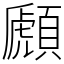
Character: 䫢